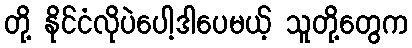
တို့ နိုင်ငံလိုပဲပေါ့ဒါပေမယ့် သူတို့တွေက